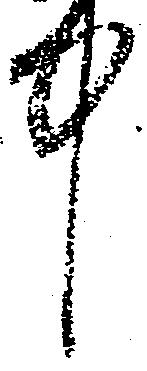
中